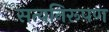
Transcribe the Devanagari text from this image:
सत्यनिरूपण